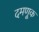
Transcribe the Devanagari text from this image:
दमणूक